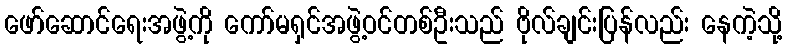
ဖော်ဆောင်ရေးအဖွဲ့ကို ကော်မရှင်အဖွဲ့ဝင်တစ်ဦးသည် ဗိုလ်ချင်းပြန်လည်း နေကဲ့သို့